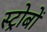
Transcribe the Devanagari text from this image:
स्ट्रोबों